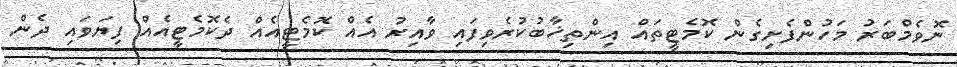
ނޮވެމްބަރު މަހުންފެށިގެން ކޮމެޓީތައް އިންތިޚާބުކުރެވިފައި ވާއިރު އެއް ކޮމެޓީއެއް ދެކޮމެޓީއެއް ފިޔަވައި ދެން